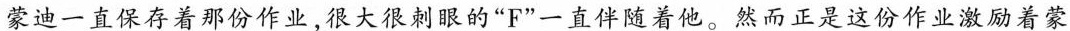
蒙迪一直保存着那份作业，很大很刺眼的”F”一直伴随着他。然而正是这份作业激励着蒙